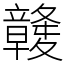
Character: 竷